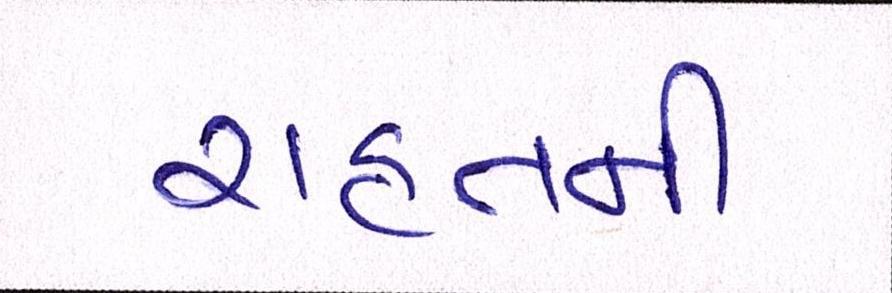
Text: રાહતની